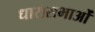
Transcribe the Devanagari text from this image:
धारासभाओं